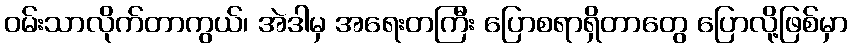
ဝမ်းသာလိုက်တာကွယ်၊ အဲဒါမှ အရေးတကြီး ပြောစရာရှိတာတွေ ပြောလို့ဖြစ်မှာ